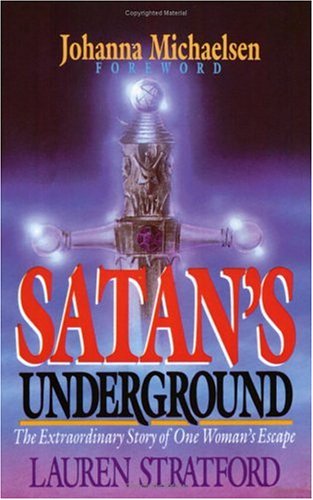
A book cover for Satan's Underground: The Extraordinary Story of One Woman's Escape; Lauren Stratford; Religion & Spirituality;